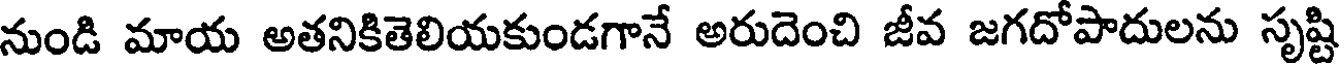
నుండి మాయ అతనికితెలియకుండగానే అరుదెంచి జీవ జగదోపాదులను సృష్టి